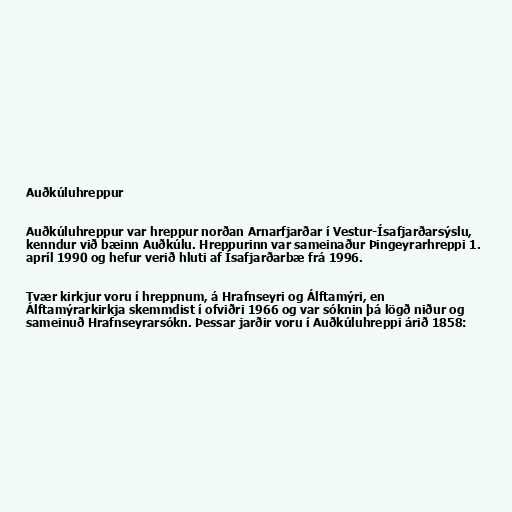
Auðkúluhreppur

Auðkúluhreppur var hreppur norðan Arnarfjarðar í Vestur-Ísafjarðarsýslu,
kenndur við bæinn Auðkúlu. Hreppurinn var sameinaður Þingeyrarhreppi 1.
apríl 1990 og hefur verið hluti af Ísafjarðarbæ frá 1996.

Tvær kirkjur voru í hreppnum, á Hrafnseyri og Álftamýri, en
Álftamýrarkirkja skemmdist í ofviðri 1966 og var sóknin þá lögð niður og
sameinuð Hrafnseyrarsókn. Þessar jarðir voru í Auðkúluhreppi árið 1858: